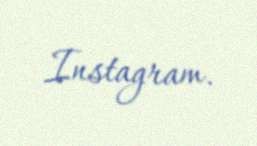
Instagram.